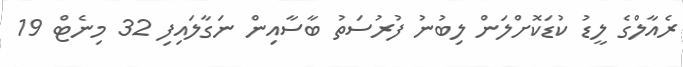
ރެއާލްގެ ލީޑު ކުޑަކޮށްލަން ލިބުނު ފުރުސަތު ބާސާއިން ނަގާލައިފި 32 މިނެޓް 19